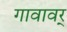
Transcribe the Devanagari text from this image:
गावावर्